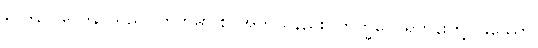
ဝေဒနာ၊ ဝေဒနာသည်။ ကတမာ စ၊ အဘယ်နည်း။ ဘိက္ခဝေ၊ ရဟန်းတို့။ ဖဿော၊